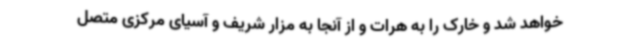
خواهد شد و خارک را به هرات و از آنجا به مزار شریف و آسیای مرکزی متصل